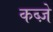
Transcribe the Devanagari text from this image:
कब्‍ज़े